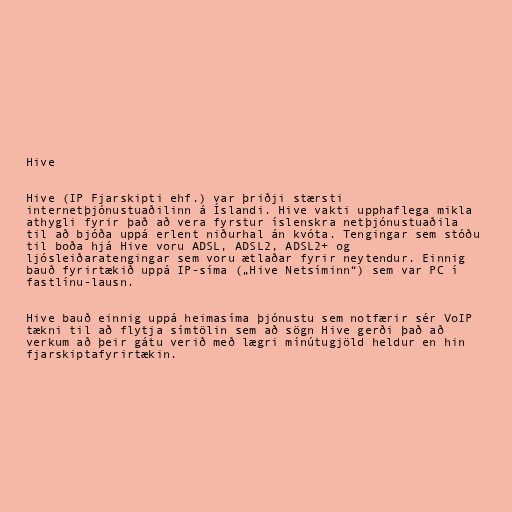
Hive

Hive (IP Fjarskipti ehf.) var þriðji stærsti
internetþjónustuaðilinn á Íslandi. Hive vakti upphaflega mikla
athygli fyrir það að vera fyrstur íslenskra netþjónustuaðila
til að bjóða uppá erlent niðurhal án kvóta. Tengingar sem stóðu
til boða hjá Hive voru ADSL, ADSL2, ADSL2+ og
ljósleiðaratengingar sem voru ætlaðar fyrir neytendur. Einnig
bauð fyrirtækið uppá IP-síma („Hive Netsíminn“) sem var PC í
fastlínu-lausn.

Hive bauð einnig uppá heimasíma þjónustu sem notfærir sér VoIP
tækni til að flytja símtölin sem að sögn Hive gerði það að
verkum að þeir gátu verið með lægri mínútugjöld heldur en hin
fjarskiptafyrirtækin.